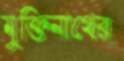
মুক্তিনাথের